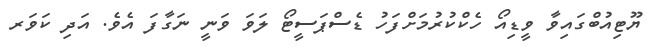
ޔޫޓިއުބްގައިވާ ވީޑިއޯ ހެކްކުރުމަށްފަހު ޑެސްޕަސީޓޯ ލަވަ ވަނީ ނަގާފަ އެވެ. އަދި ކަވަރ